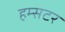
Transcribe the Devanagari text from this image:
हम्सटर